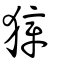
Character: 麞